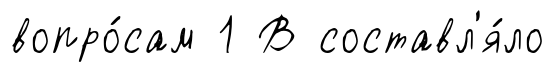
вопро́сам 1 В составл'я́ло